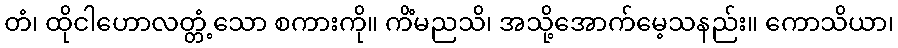
တံ၊ ထိုငါဟောလတ္တံ့သော စကားကို။ ကိံမညသိ၊ အသို့အောက်မေ့သနည်း။ ကောသိယာ၊